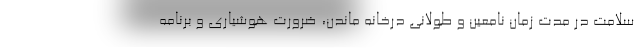
سلامت در مدت زمان نامعین و طولانی درخانه ماندن، ضرورت هوشیاری و برنامه